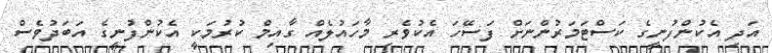
އަދި އެކުންފުނީގެ ކަސްޓަމަރުންނަށް ފަސޭހަ އެކުވެރި މާހައުލެއް ގާއިމް ކުރުމަކީ އެކުންފުނީގެ އަބަދުވެސް